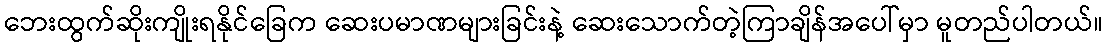
ဘေးထွက်ဆိုးကျိုးရနိုင်ခြေက ဆေးပမာဏများခြင်းနဲ့ ဆေးသောက်တဲ့ကြာချိန်အပေါ်မှာ မူတည်ပါတယ်။